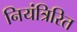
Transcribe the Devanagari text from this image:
नियंत्रिरित